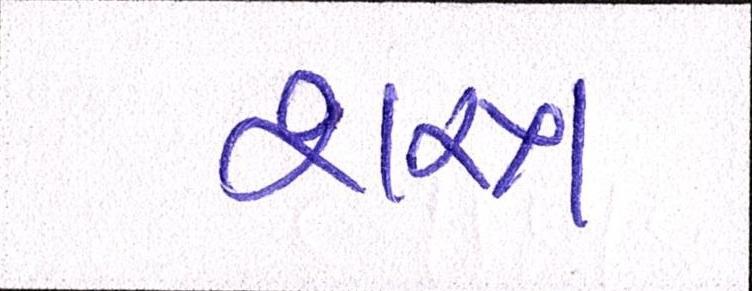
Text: શસ્ત્ર